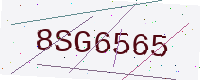
Text: 8SG6565